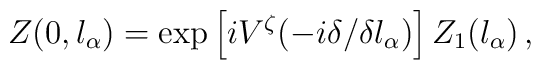
Z(0,l_{\alpha})=\exp\left[iV^{\zeta}(-i\delta/\delta l_{\alpha})\right]Z_1(l_{\alpha})\,,